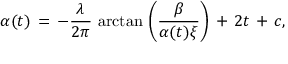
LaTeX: \alpha ( t ) \, = \, - { \frac { \lambda } { 2 \pi } } \, \arctan \, \left( { \frac { \beta } { \alpha ( t ) \xi } } \right) \, + \, 2 t \, + \, c ,